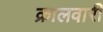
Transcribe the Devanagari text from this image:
क्रालवारी